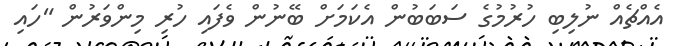
އެއްޗެއް ނުލިބި ހުރުމުގެ ސަބަބުން އެކަމަށް ބޭނުން ވެފައި ހުރި މިންވަރުން "ހައި